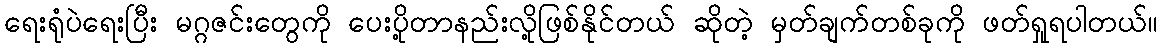
ရေးရုံပဲရေးပြီး မဂ္ဂဇင်းတွေကို ပေးပို့တာနည်းလို့ဖြစ်နိုင်တယ် ဆိုတဲ့ မှတ်ချက်တစ်ခုကို ဖတ်ရှုရပါတယ်။